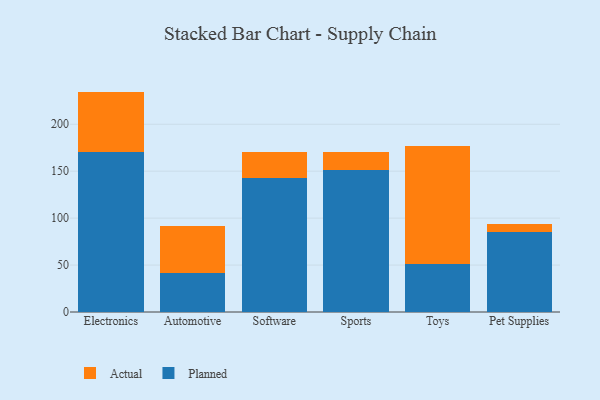
{"axis": {"x": "Category", "y": "Page Views"}, "legend": ["Actual", "Planned"], "data": [{"x": "Electronics", "y": 170.6, "type": "Planned"}, {"x": "Electronics", "y": 64.2, "type": "Actual"}, {"x": "Automotive", "y": 41.1, "type": "Planned"}, {"x": "Automotive", "y": 50.2, "type": "Actual"}, {"x": "Software", "y": 143.2, "type": "Planned"}, {"x": "Software", "y": 27.3, "type": "Actual"}, {"x": "Sports", "y": 150.9, "type": "Planned"}, {"x": "Sports", "y": 19.8, "type": "Actual"}, {"x": "Toys", "y": 50.8, "type": "Planned"}, {"x": "Toys", "y": 126.2, "type": "Actual"}, {"x": "Pet Supplies", "y": 85.4, "type": "Planned"}, {"x": "Pet Supplies", "y": 7.9, "type": "Actual"}]}